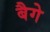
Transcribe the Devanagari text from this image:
बैगे